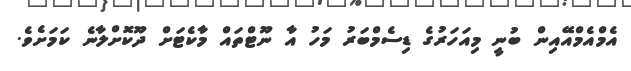
އެމްއެމްއޭއިން ބުނީ މިއަހަރުގެ ޑިސެމްބަރު މަހު އާ ނޫޓްތައް މާކެޓަށް ދޫކޮށްލާނެ ކަމަށެވެ.